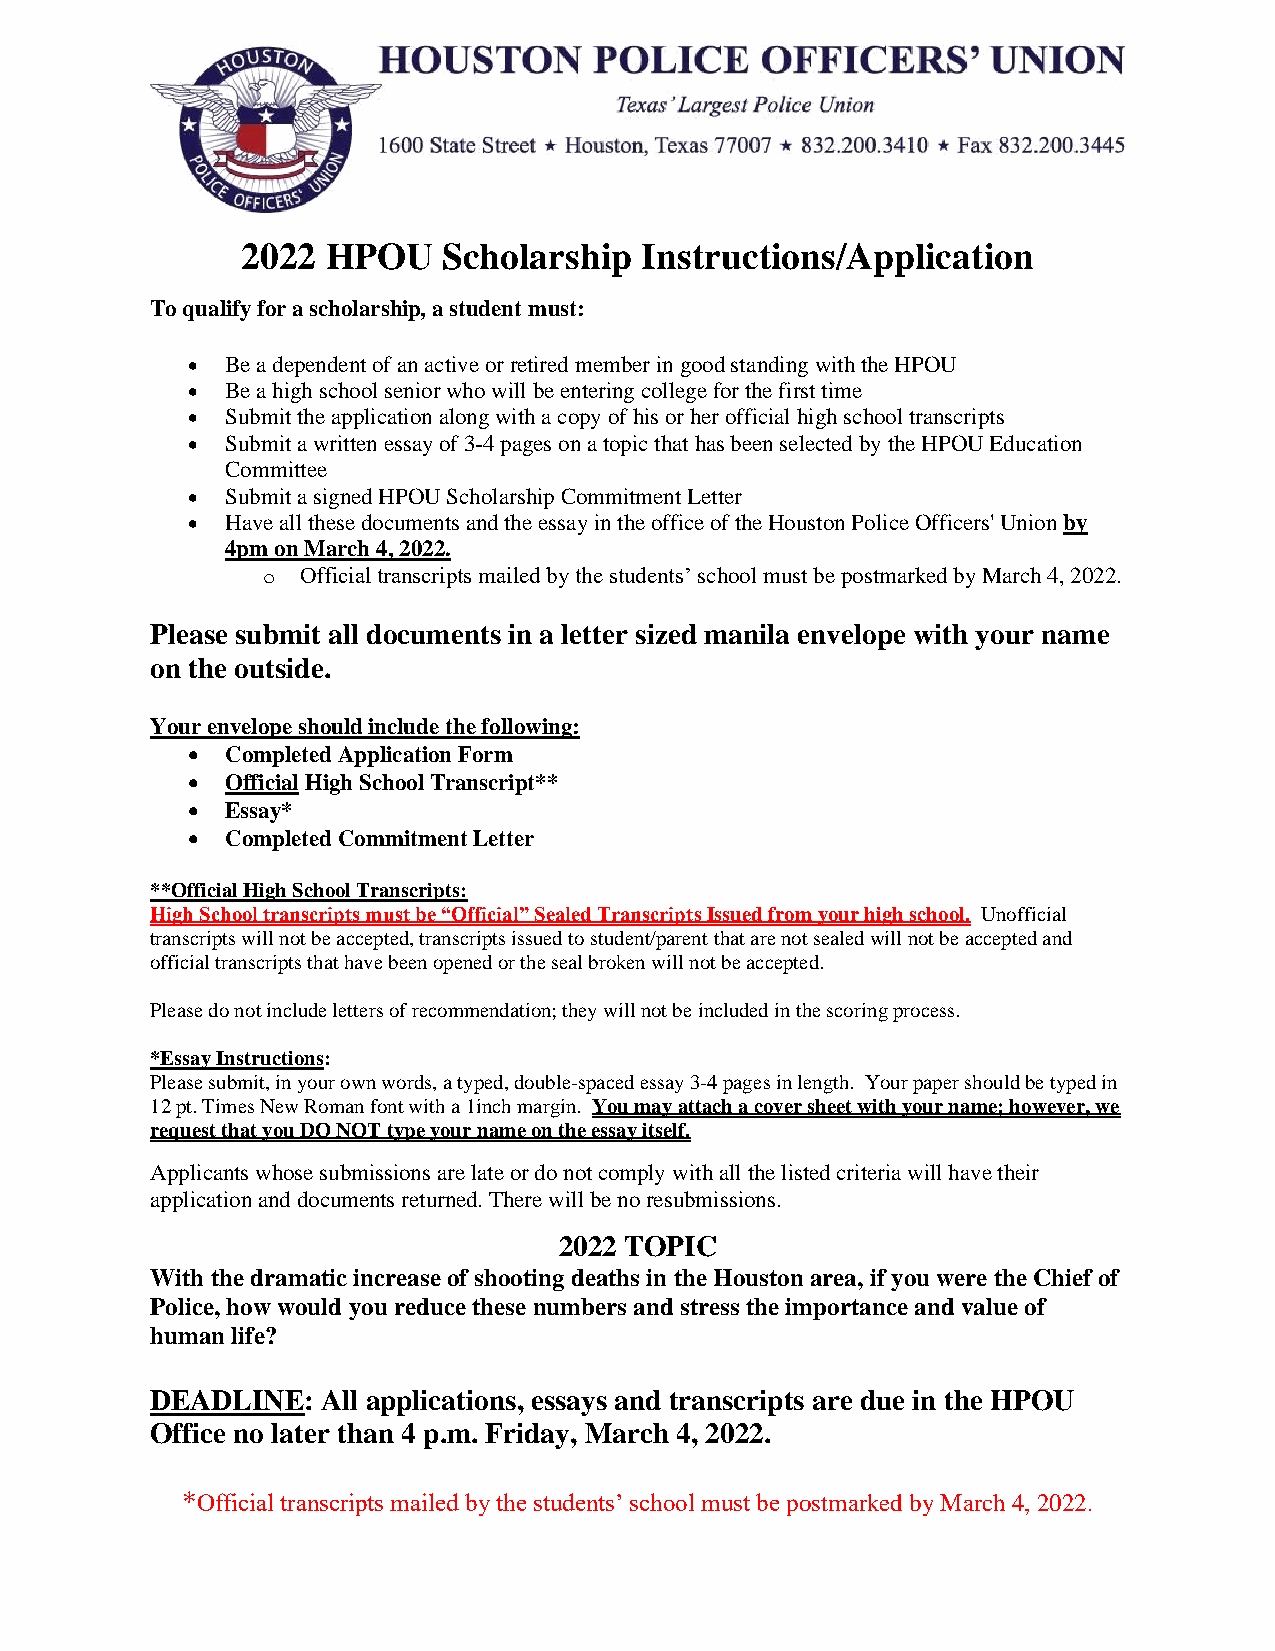
2022  HPOU   Scholarship  Instructions/Application
 To qualify for a scholarship, a student must:
 •  Be a dependent of an active or retired member in good standing with the HPOU
 •  Be a high school senior who will be entering college for the first time
 •  Submit the application along with a copy of his or her official high school transcripts
 •  Submit a written essay of 3-4 pages on a topic that has been selected by the HPOU Education
 Committee
 •  Submit a signed HPOU Scholarship Commitment Letter
 •  Have all these documents and the essay in the office of the Houston Police Officers' Union by
 4pm on March 4, 2022.
 o  Official transcripts mailed by the students’ school must be postmarked by March 4, 2022.
 Please submit all documents in a letter sized manila envelope with your name
 on the outside.
 Your envelope should include the following:
 •  Completed Application Form
 •  Official High School Transcript**
 •  Essay*
 •  Completed Commitment Letter
 **Official High School Transcripts:
 High School transcripts must be “Official” Sealed Transcripts Issued from your high school. Unofficial
 transcripts will not be accepted, transcripts issued to student/parent that are not sealed will not be accepted and
 official transcripts that have been opened or the seal broken will not be accepted.
 Please do not include letters of recommendation; they will not be included in the scoring process.
 *Essay Instructions:
 Please submit, in your own words, a typed, double-spaced essay 3-4 pages in length. Your paper should be typed in
 12 pt. Times New Roman font with a 1inch margin. You may attach a cover sheet with your name; however, we
 request that you DO NOT type your name on the essay itself.
 Applicants whose submissions are late or do not comply with all the listed criteria will have their
 application and documents returned. There will be no resubmissions.
 2022 TOPIC
 With the dramatic increase of shooting deaths in the Houston area, if you were the Chief of
 Police, how would you reduce these numbers and stress the importance and value of
 human life?
 DEADLINE:  All applications, essays and transcripts are due in the HPOU
 Office no later than 4 p.m. Friday, March 4, 2022.
 *Official transcripts mailed by the students’ school must be postmarked by March 4, 2022.